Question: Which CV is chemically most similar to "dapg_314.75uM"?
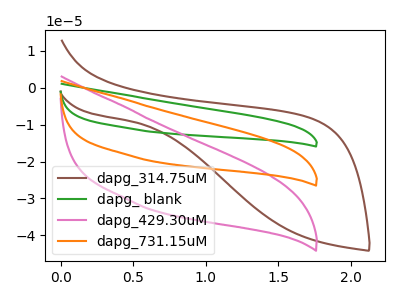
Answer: <think>The brown curve "dapg_314.75uM" has no peaks. The green curve "dapg_ blank" has no peaks. The pink curve "dapg_429.30uM" has no peaks. The orange curve "dapg_731.15uM" has no peaks.
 Neither "dapg_314.75uM" or "dapg_ blank" have any peaks. Neither "dapg_314.75uM" or "dapg_429.30uM" have any peaks. Neither "dapg_314.75uM" or "dapg_731.15uM" have any peaks. Neither "dapg_ blank" or "dapg_429.30uM" have any peaks. Neither "dapg_ blank" or "dapg_731.15uM" have any peaks. Neither "dapg_429.30uM" or "dapg_731.15uM" have any peaks.</think>
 <answer>"dapg_314.75uM", "dapg_ blank" and "dapg_731.15uM" have a similar shape to "dapg_429.30uM".</answer>
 <eval>"dapg_314.75uM" "dapg_ blank" "dapg_731.15uM"</eval>